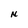
Character: N